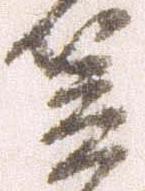
笠